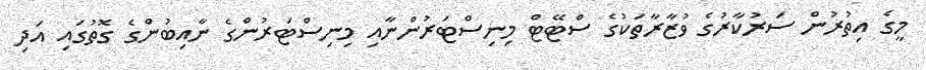
މީގެ އިތުރުން ސަރުކާރުގެ ވުޒާރާތަކުގެ ސްޓޭޓް މިނިސްޓަރުންނާއި މިނިސްޓަރުންގެ ނާއިބުންގެ ގޮތުގައި އަދި